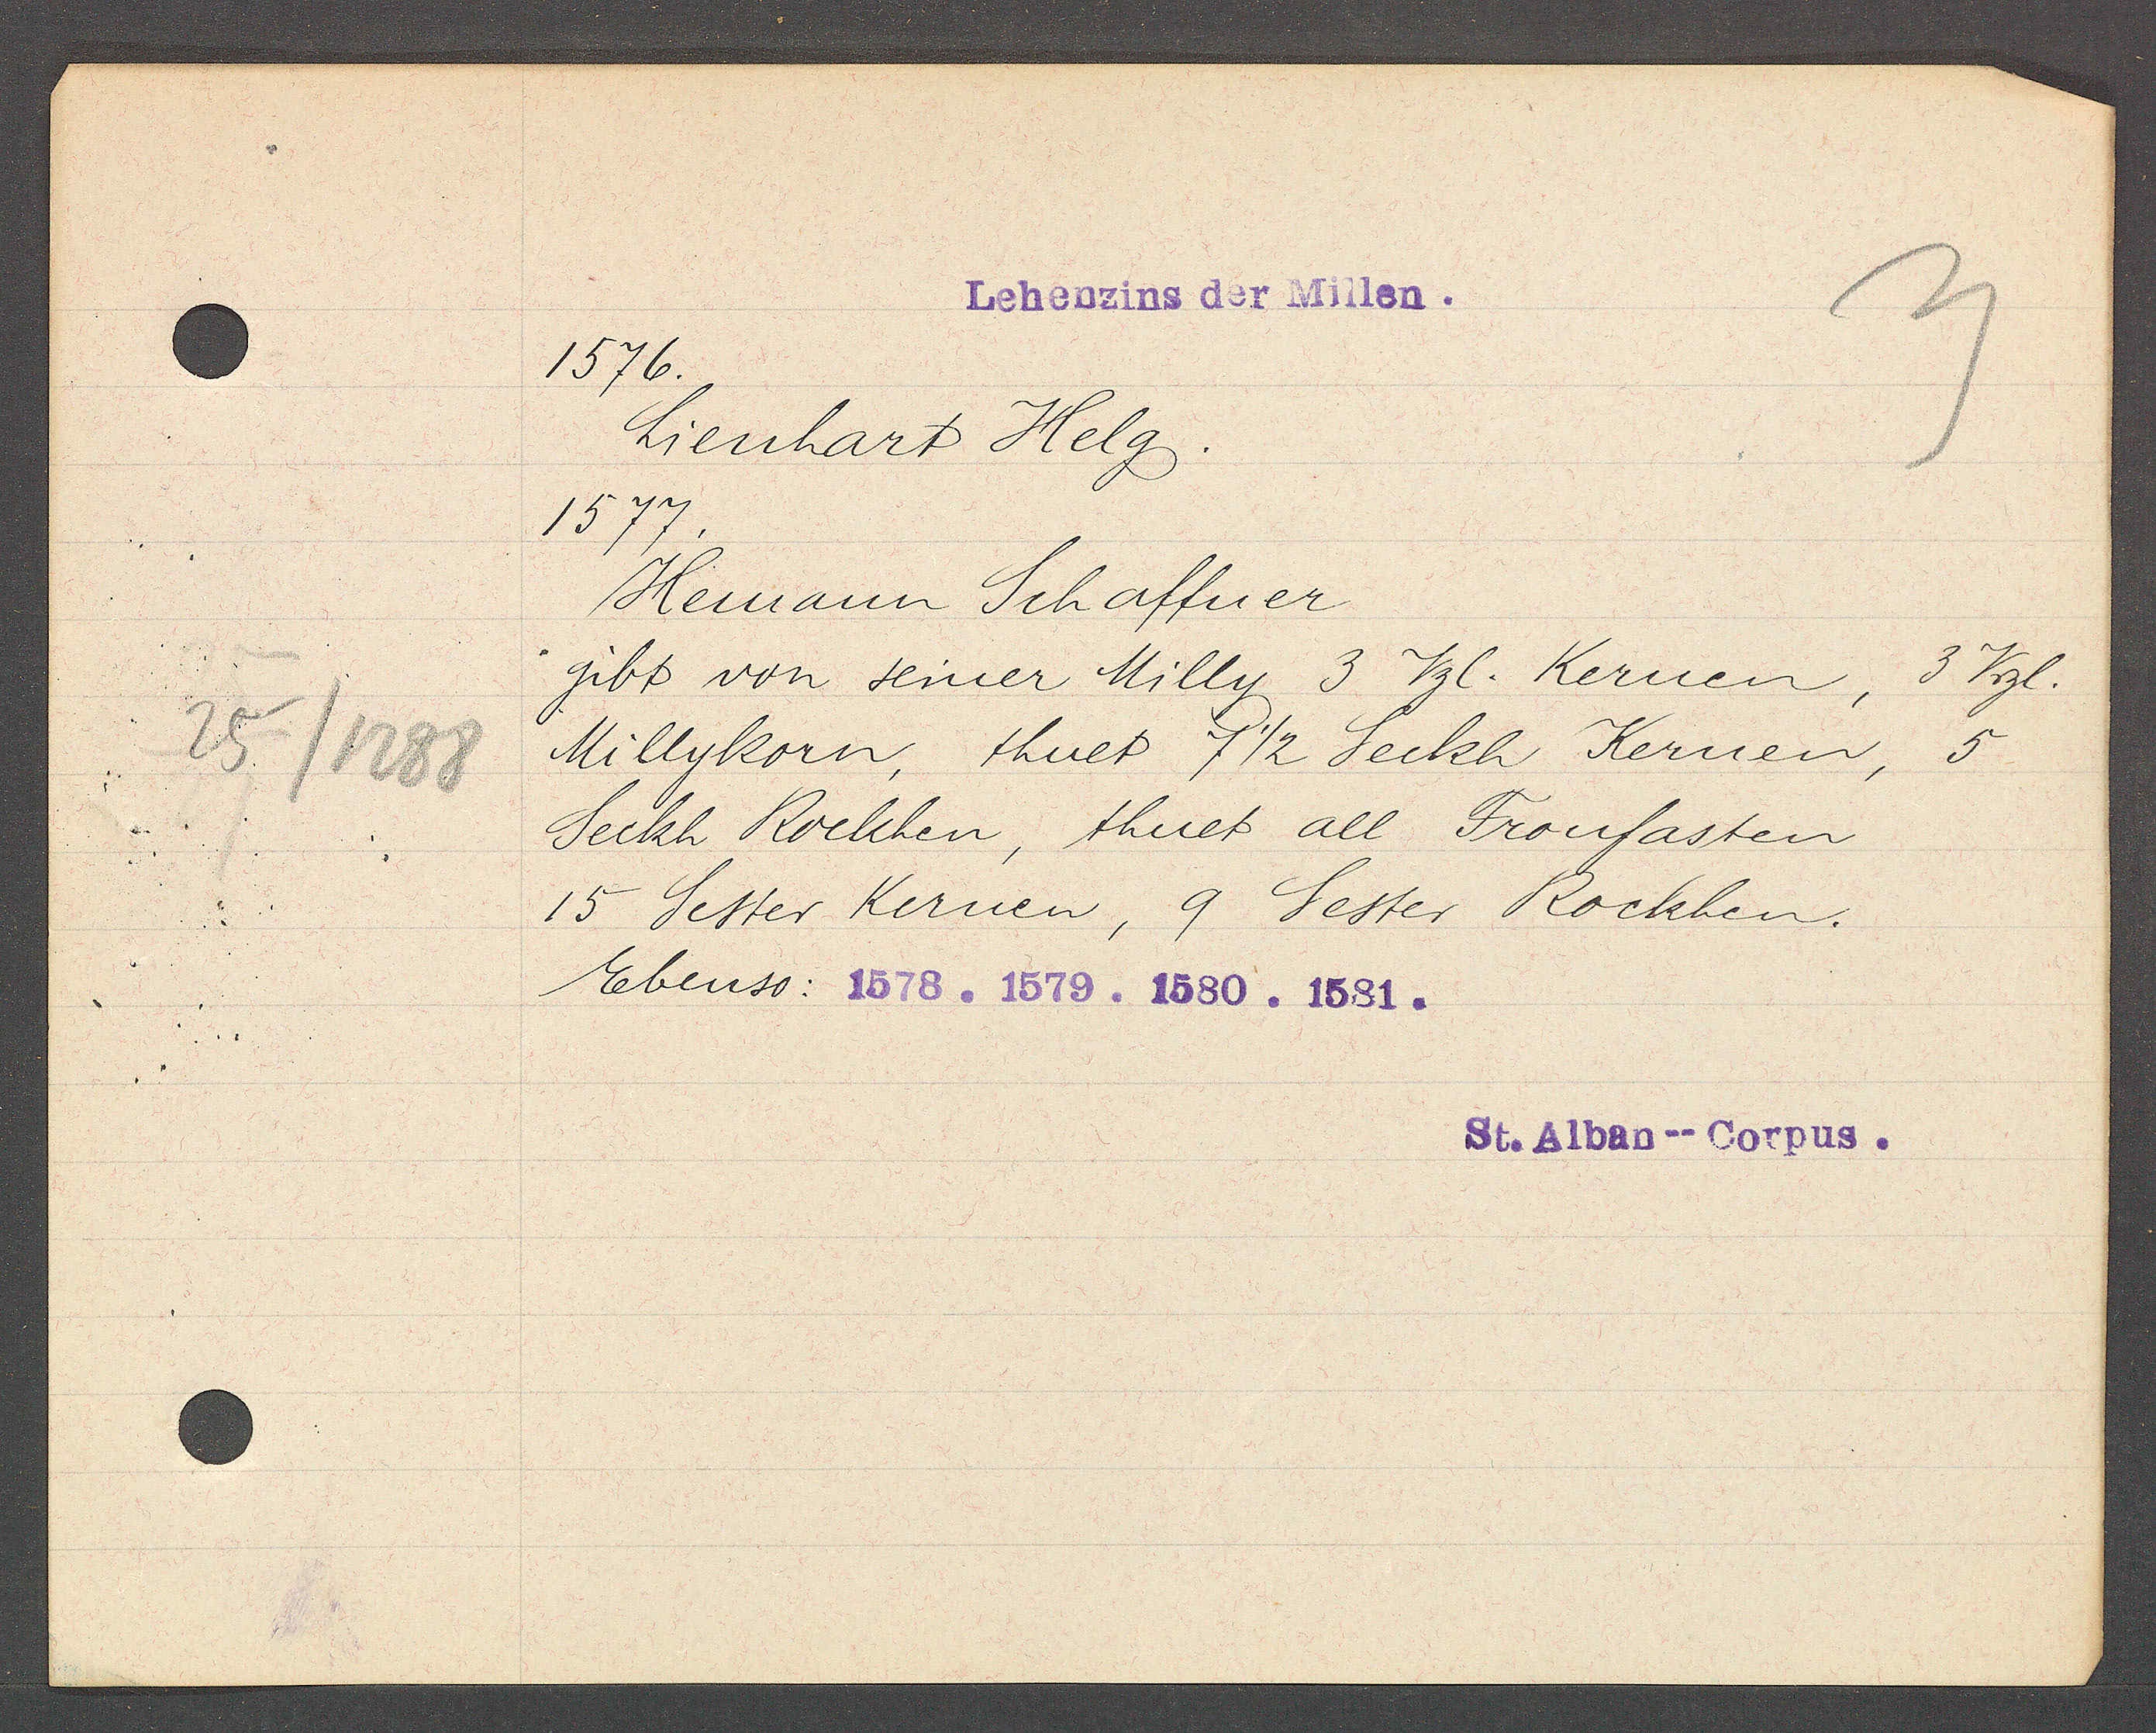
Transcript:
25/1288

Lehenzins der Millen.

1576.
Lienhart Helg.
1577.
Hemann Schaffner
3 Vrzl.
gibt von seiner Milly 3 Vzl. Kernen,
Milykorn, thuet 7 1/2 Seckh Kernen,
5
Seckh Rockhen, thuet all Fronfasten
15 Setter Kernen, 9 Sester Rockhen.
Ebenso: 1578. 1579. 1580. 1581.

St. Alban--Corpus.